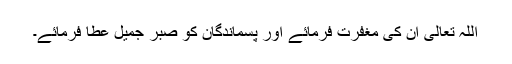
اللہ تعالی ان کی مغفرت فرمائے اور پسماندگان کو صبر جمیل عطا فرمائے۔